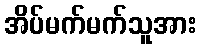
အိပ်မက်မက်သူအား